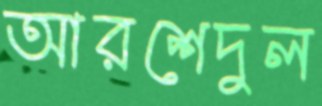
আরশেদুল